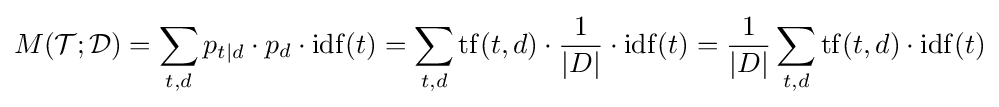
M({\cal {T}};{\cal {D}})=\sum _{t,d}p_{t|d}\cdot p_{d}\cdot \mathrm {idf} (t)=\sum _{t,d}\mathrm {tf} (t,d)\cdot {\frac {1}{|D|}}\cdot \mathrm {idf} (t)={\frac {1}{|D|}}\sum _{t,d}\mathrm {tf} (t,d)\cdot \mathrm {idf} (t)